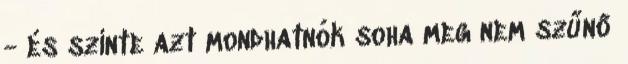
- és szinte azt mondhatnók soha meg nem szűnő